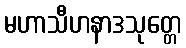
မဟာသီဟနာဒသုတ္တေ